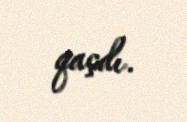
qaçdı.